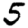
Digit: 5